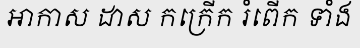
អាកាស ដាស កក្រើក រំពើក ទាំង